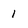
Character: 1